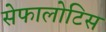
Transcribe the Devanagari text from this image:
सेफालोटिस